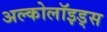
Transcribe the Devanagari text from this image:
अल्कोलॉइड्स